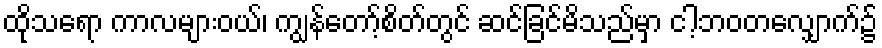
ထိုသရော ကာလများဝယ်၊ ကျွန်တော့်စိတ်တွင် ဆင်ခြင်မိသည်မှာ ငါ့ဘဝတလျှောက်၌